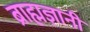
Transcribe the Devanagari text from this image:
ब्राह्मज्ञानी